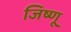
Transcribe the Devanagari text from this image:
जिष्णू